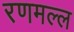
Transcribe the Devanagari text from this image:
रणमल्ल